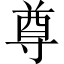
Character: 尊